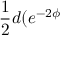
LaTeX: \frac 1 2 d ( e ^ { - 2 \phi }